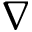
\nabla